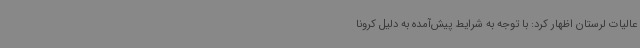
عالیات لرستان اظهار کرد: با توجه به شرایط پیش‌آمده به دلیل کرونا